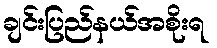
ချင်းပြည်နယ်အစိုးရ